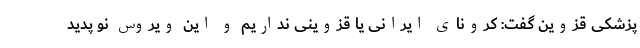
پزشکی قزوین گفت: کرونای ایرانی یا قزوینی نداریم و این ویروس نو پدید